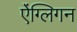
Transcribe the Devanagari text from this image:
ऐंग्लिगन